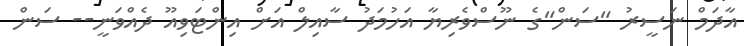
އާދަމް ނަސީރު "ސަން"ގެ ނޫސްވެރިޔާ އަހުމަދު ސާއިލް އަށް އިންޓަވިއޫ ދެއްވަނީ-- ސަން